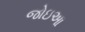
જોઇઆ